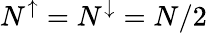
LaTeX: N^{\uparrow}=N^{\downarrow}=N/2